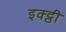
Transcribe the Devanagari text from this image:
इक्ट्ठी